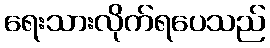
ရေးသားလိုက်ရပေသည်